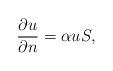
LaTeX: \begin{align*}\dfrac{\partial u} {\partial n} =\alpha u S,\end{align*}